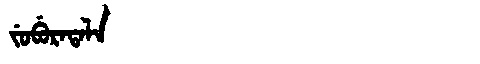
Manchu: ᠵᡠᠪᡠᡵᠠᡨᠠᠯᠠ
Romanization: JUBURATALA